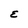
Character: E